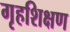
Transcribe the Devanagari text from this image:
गृहशिक्षण